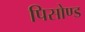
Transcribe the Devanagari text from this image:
पिसोण्ड